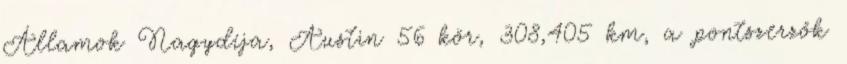
Államok Nagydíja, Austin 56 kör, 308,405 km, a pontszerzők